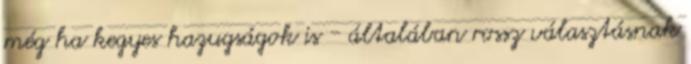
még ha kegyes hazugságok is - általában rossz választásnak